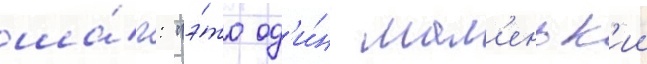
ша́г: "э́то од'и́н мал'еньк'ии